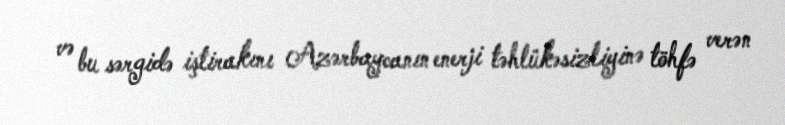
və bu sərgidə iştirakını Azərbaycanın enerji təhlükəsizliyinə töhfə verən